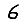
Digit: 6